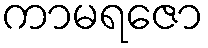
ကာမရဇော